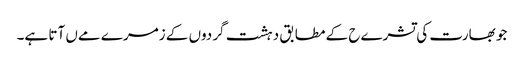
جو بھارت کی تشرےح کے مطابق دہشت گردوں کے زمرے مےں آتا ہے۔